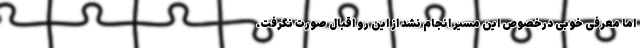
اما معرفی خوبی درخصوص این مسیر انجام نشد از این رو اقبال صورت نگرفت.